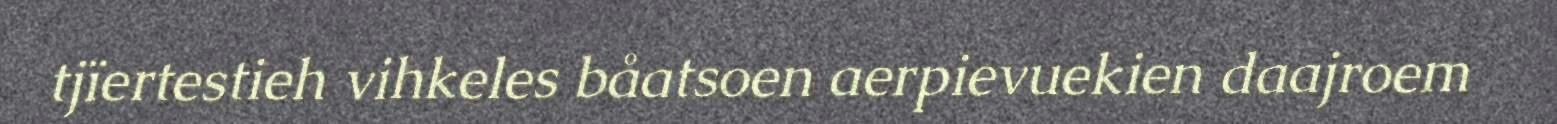
tjïertestieh vihkeles båatsoen aerpievuekien daajroem